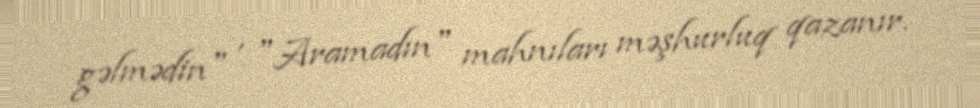
gəlmədin" , "Aramadın" mahnıları məşhurluq qazanır.